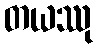
တယဿု